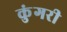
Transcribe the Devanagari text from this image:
कुंगरी